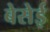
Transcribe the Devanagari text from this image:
बेसेई